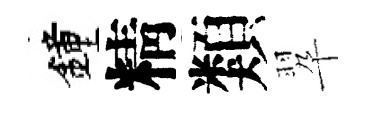
鐘精類翆